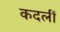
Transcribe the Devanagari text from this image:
कदलीं